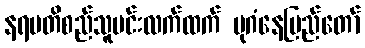
နရပတိစည်သူမင်းလက်ထက် ပုဂံနေပြည်တော်